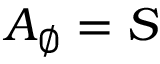
A _ { \emptyset } = S